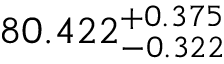
8 0 . 4 2 2 _ { - 0 . 3 2 2 } ^ { + 0 . 3 7 5 }